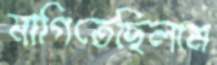
মাগিতেছিলাম